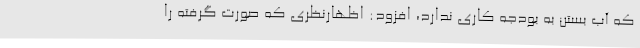
که آب بستن به بودجه کاری ندارد، افزود: اظهارنظری که صورت گرفته را